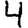
Digit: 4